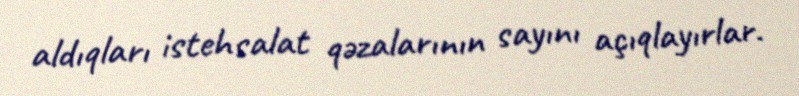
aldıqları istehsalat qəzalarının sayını açıqlayırlar.